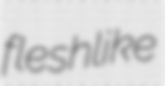
fleshlike